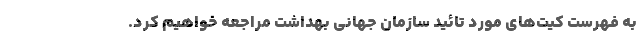
به فهرست کیت‌های مورد تائید سازمان جهانی بهداشت مراجعه خواهیم کرد.